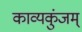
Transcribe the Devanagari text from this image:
काव्यकुंजम्